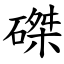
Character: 磔